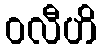
ဝလီဟိ